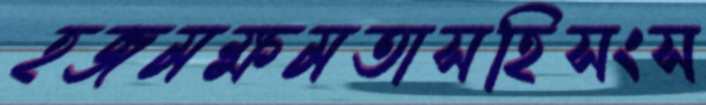
হজমক্ষমতাসহিসংস